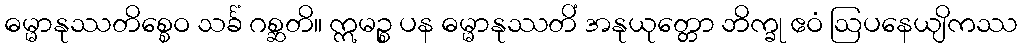
ဓမ္မာနုဿတိစ္စေဝ သင်္ခံ ဂစ္ဆတိ။ ဣမဉ္စ ပန ဓမ္မာနုဿတိံ အနုယုတ္တော ဘိက္ခု ဧဝံ ဩပနေယျိကဿ